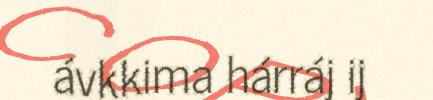
ávkkima hárráj ij